Indian journal of veterinary science and animal husbandry - Volume 8,
Year: 1938
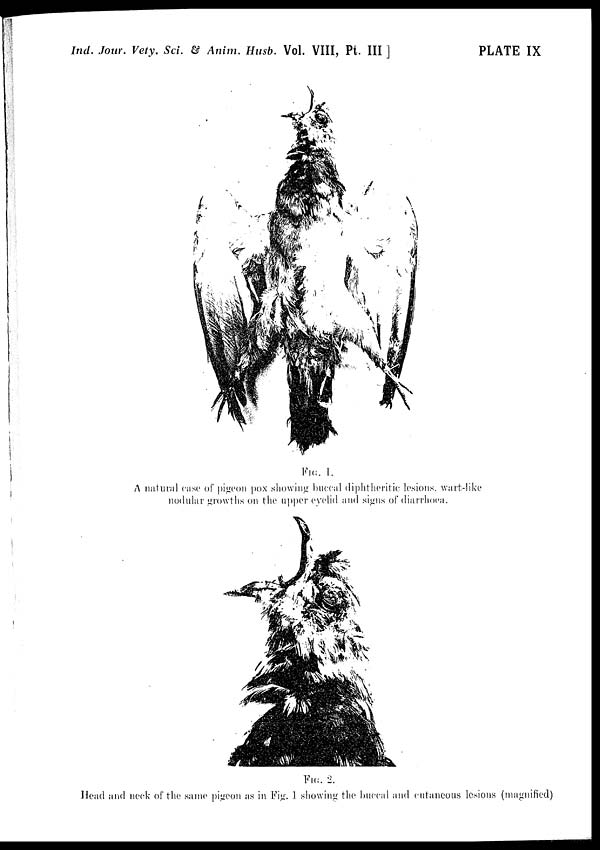
Ind. Jour. Vety. Sci. & Anim. Husb. Vol. VIII, Pt. III ]
PLATE IX
FIG. 1.
A natural case of pigeon pox showing buccal diphtheritic lesions, wart-like
nodular growths on the upper eyelid and signs of diarrhoea.
FIG. 2.
Head and neck of the same pigeon as in Fig. 1. showing the buccal and cutaneous lesions (magnified)